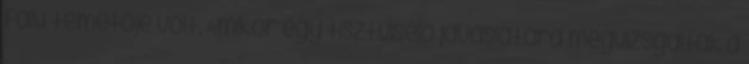
falu temetője volt. Amikor egy tisztviselő javaslatára megvizsgálták a